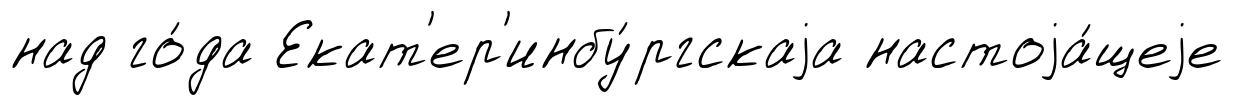
над го́да Екат'ер'инбу́ргскаjа настоjа́щеjе